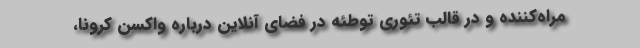
مراه‌کننده و در قالب تئوری توطئه در فضای آنلاین درباره واکسن کرونا،